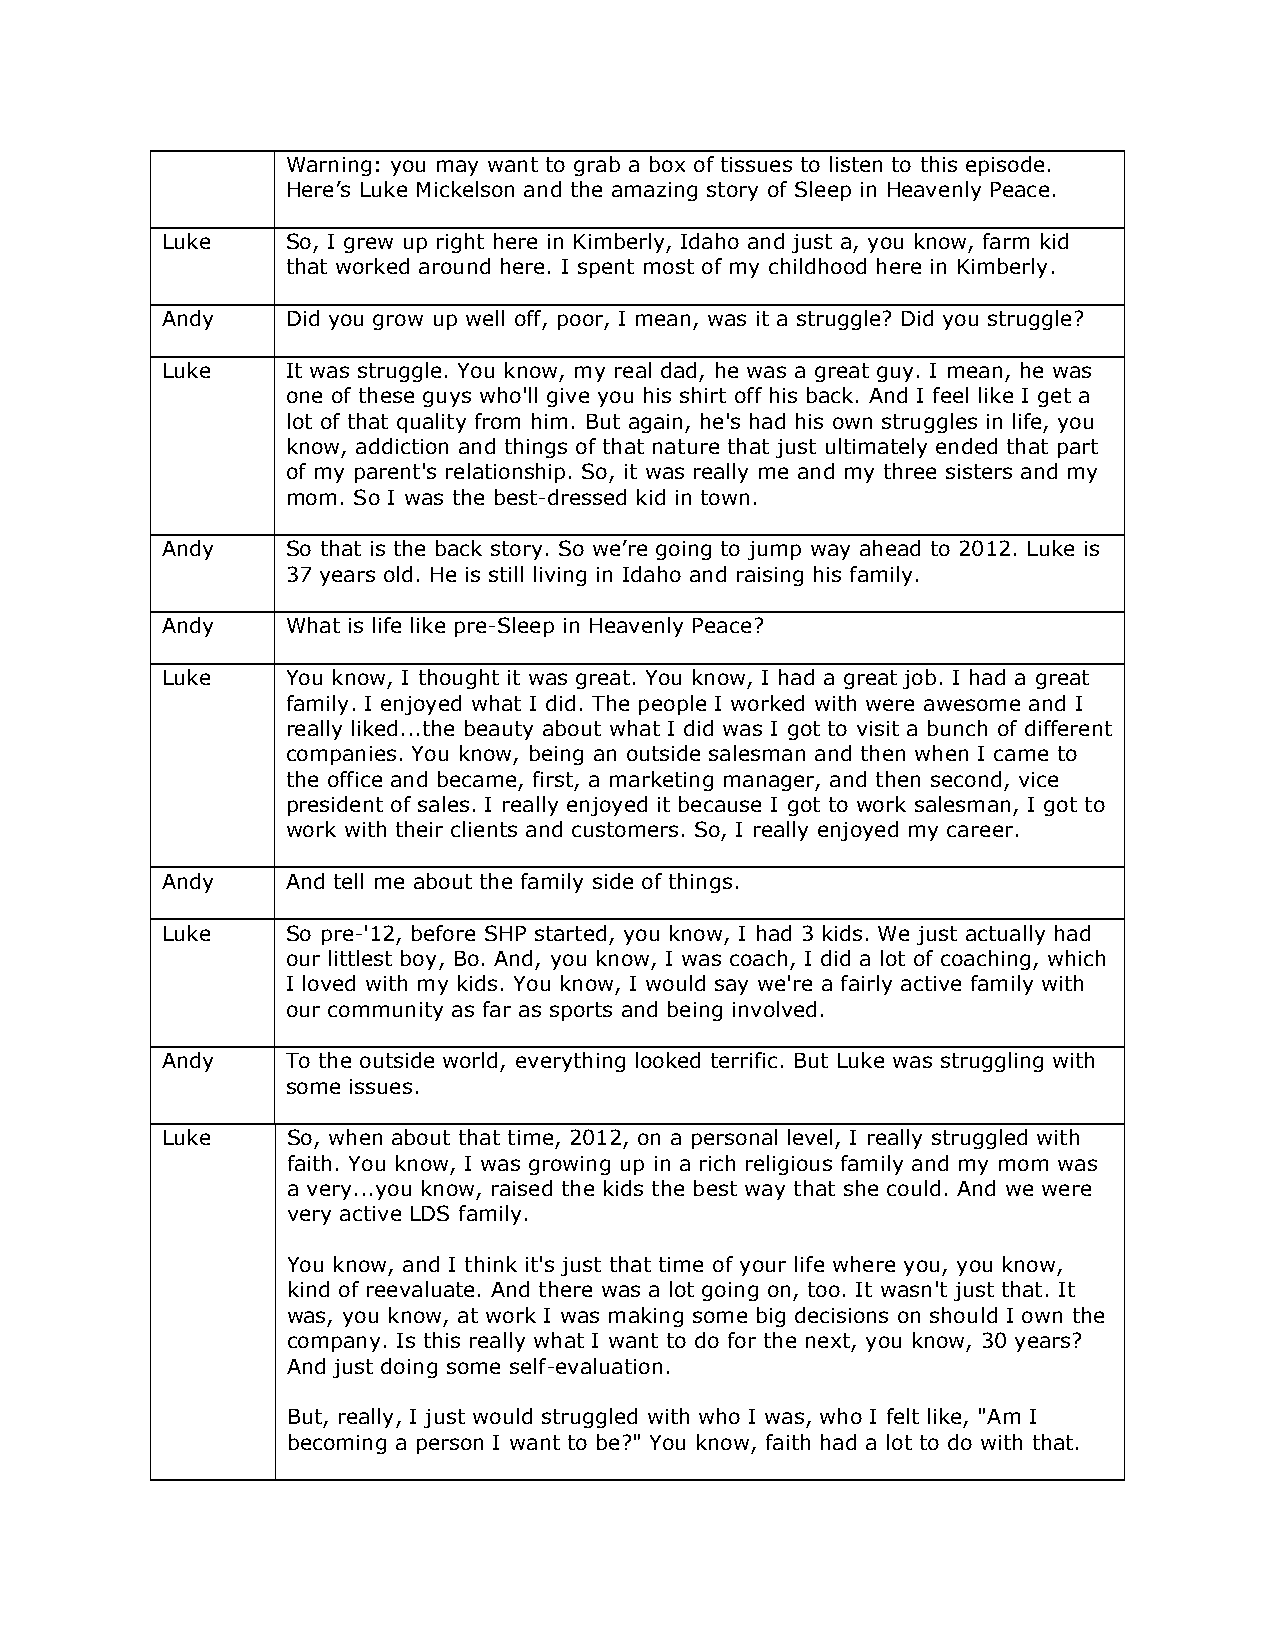
Warning: you may want to grab a box of tissues to listen to this episode.
 Here’s Luke Mickelson and the amazing story of Sleep in Heavenly Peace.
 Luke    So, I grew up right here in Kimberly, Idaho and just a, you know, farm kid
 that worked around here. I spent most of my childhood here in Kimberly.
 Andy    Did you grow up well off, poor, I mean, was it a struggle? Did you struggle?
 Luke    It was struggle. You know, my real dad, he was a great guy. I mean, he was
 one of these guys who'll give you his shirt off his back. And I feel like I get a
 lot of that quality from him. But again, he's had his own struggles in life, you
 know, addiction and things of that nature that just ultimately ended that part
 of my parent's relationship. So, it was really me and my three sisters and my
 mom. So I was the best-dressed kid in town.
 Andy    So that is the back story. So we’re going to jump way ahead to 2012. Luke is
 37 years old. He is still living in Idaho and raising his family.
 Andy    What is life like pre-Sleep in Heavenly Peace?
 Luke    You know, I thought it was great. You know, I had a great job. I had a great
 family. I enjoyed what I did. The people I worked with were awesome and I
 really liked...the beauty about what I did was I got to visit a bunch of different
 companies. You know, being an outside salesman and then when I came to
 the office and became, first, a marketing manager, and then second, vice
 president of sales. I really enjoyed it because I got to work salesman, I got to
 work with their clients and customers. So, I really enjoyed my career.
 Andy    And tell me about the family side of things.
 Luke    So pre-'12, before SHP started, you know, I had 3 kids. We just actually had
 our littlest boy, Bo. And, you know, I was coach, I did a lot of coaching, which
 I loved with my kids. You know, I would say we're a fairly active family with
 our community as far as sports and being involved.
 Andy    To the outside world, everything looked terrific. But Luke was struggling with
 some issues.
 Luke    So, when about that time, 2012, on a personal level, I really struggled with
 faith. You know, I was growing up in a rich religious family and my mom was
 a very...you know, raised the kids the best way that she could. And we were
 very active LDS family.
 You know, and I think it's just that time of your life where you, you know,
 kind of reevaluate. And there was a lot going on, too. It wasn't just that. It
 was, you know, at work I was making some big decisions on should I own the
 company. Is this really what I want to do for the next, you know, 30 years?
 And just doing some self-evaluation.
 But, really, I just would struggled with who I was, who I felt like, "Am I
 becoming a person I want to be?" You know, faith had a lot to do with that.